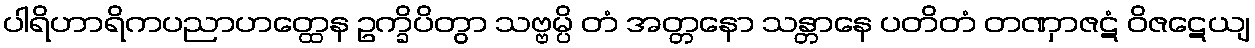
ပါရိဟာရိကပညာဟတ္ထေန ဥက္ခိပိတွာ သဗ္ဗမ္ပိ တံ အတ္တနော သန္တာနေ ပတိတံ တဏှာဇဋံ ဝိဇဋေယျ